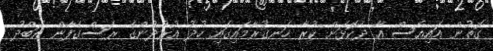
ގޮތުން އައިއެސް އާ ދެކޮޅަށް ކުރާ ހަނގުރާމައިގައި ހުދު އުރުދުންގެ ރަސްގެފާން އަބްދު